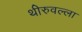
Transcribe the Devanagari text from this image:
थीरुवल्ला